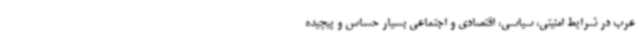
عرب در شرایط امنیتی، سیاسی، اقتصادی و اجتماعی بسیار حساس و پیچیده